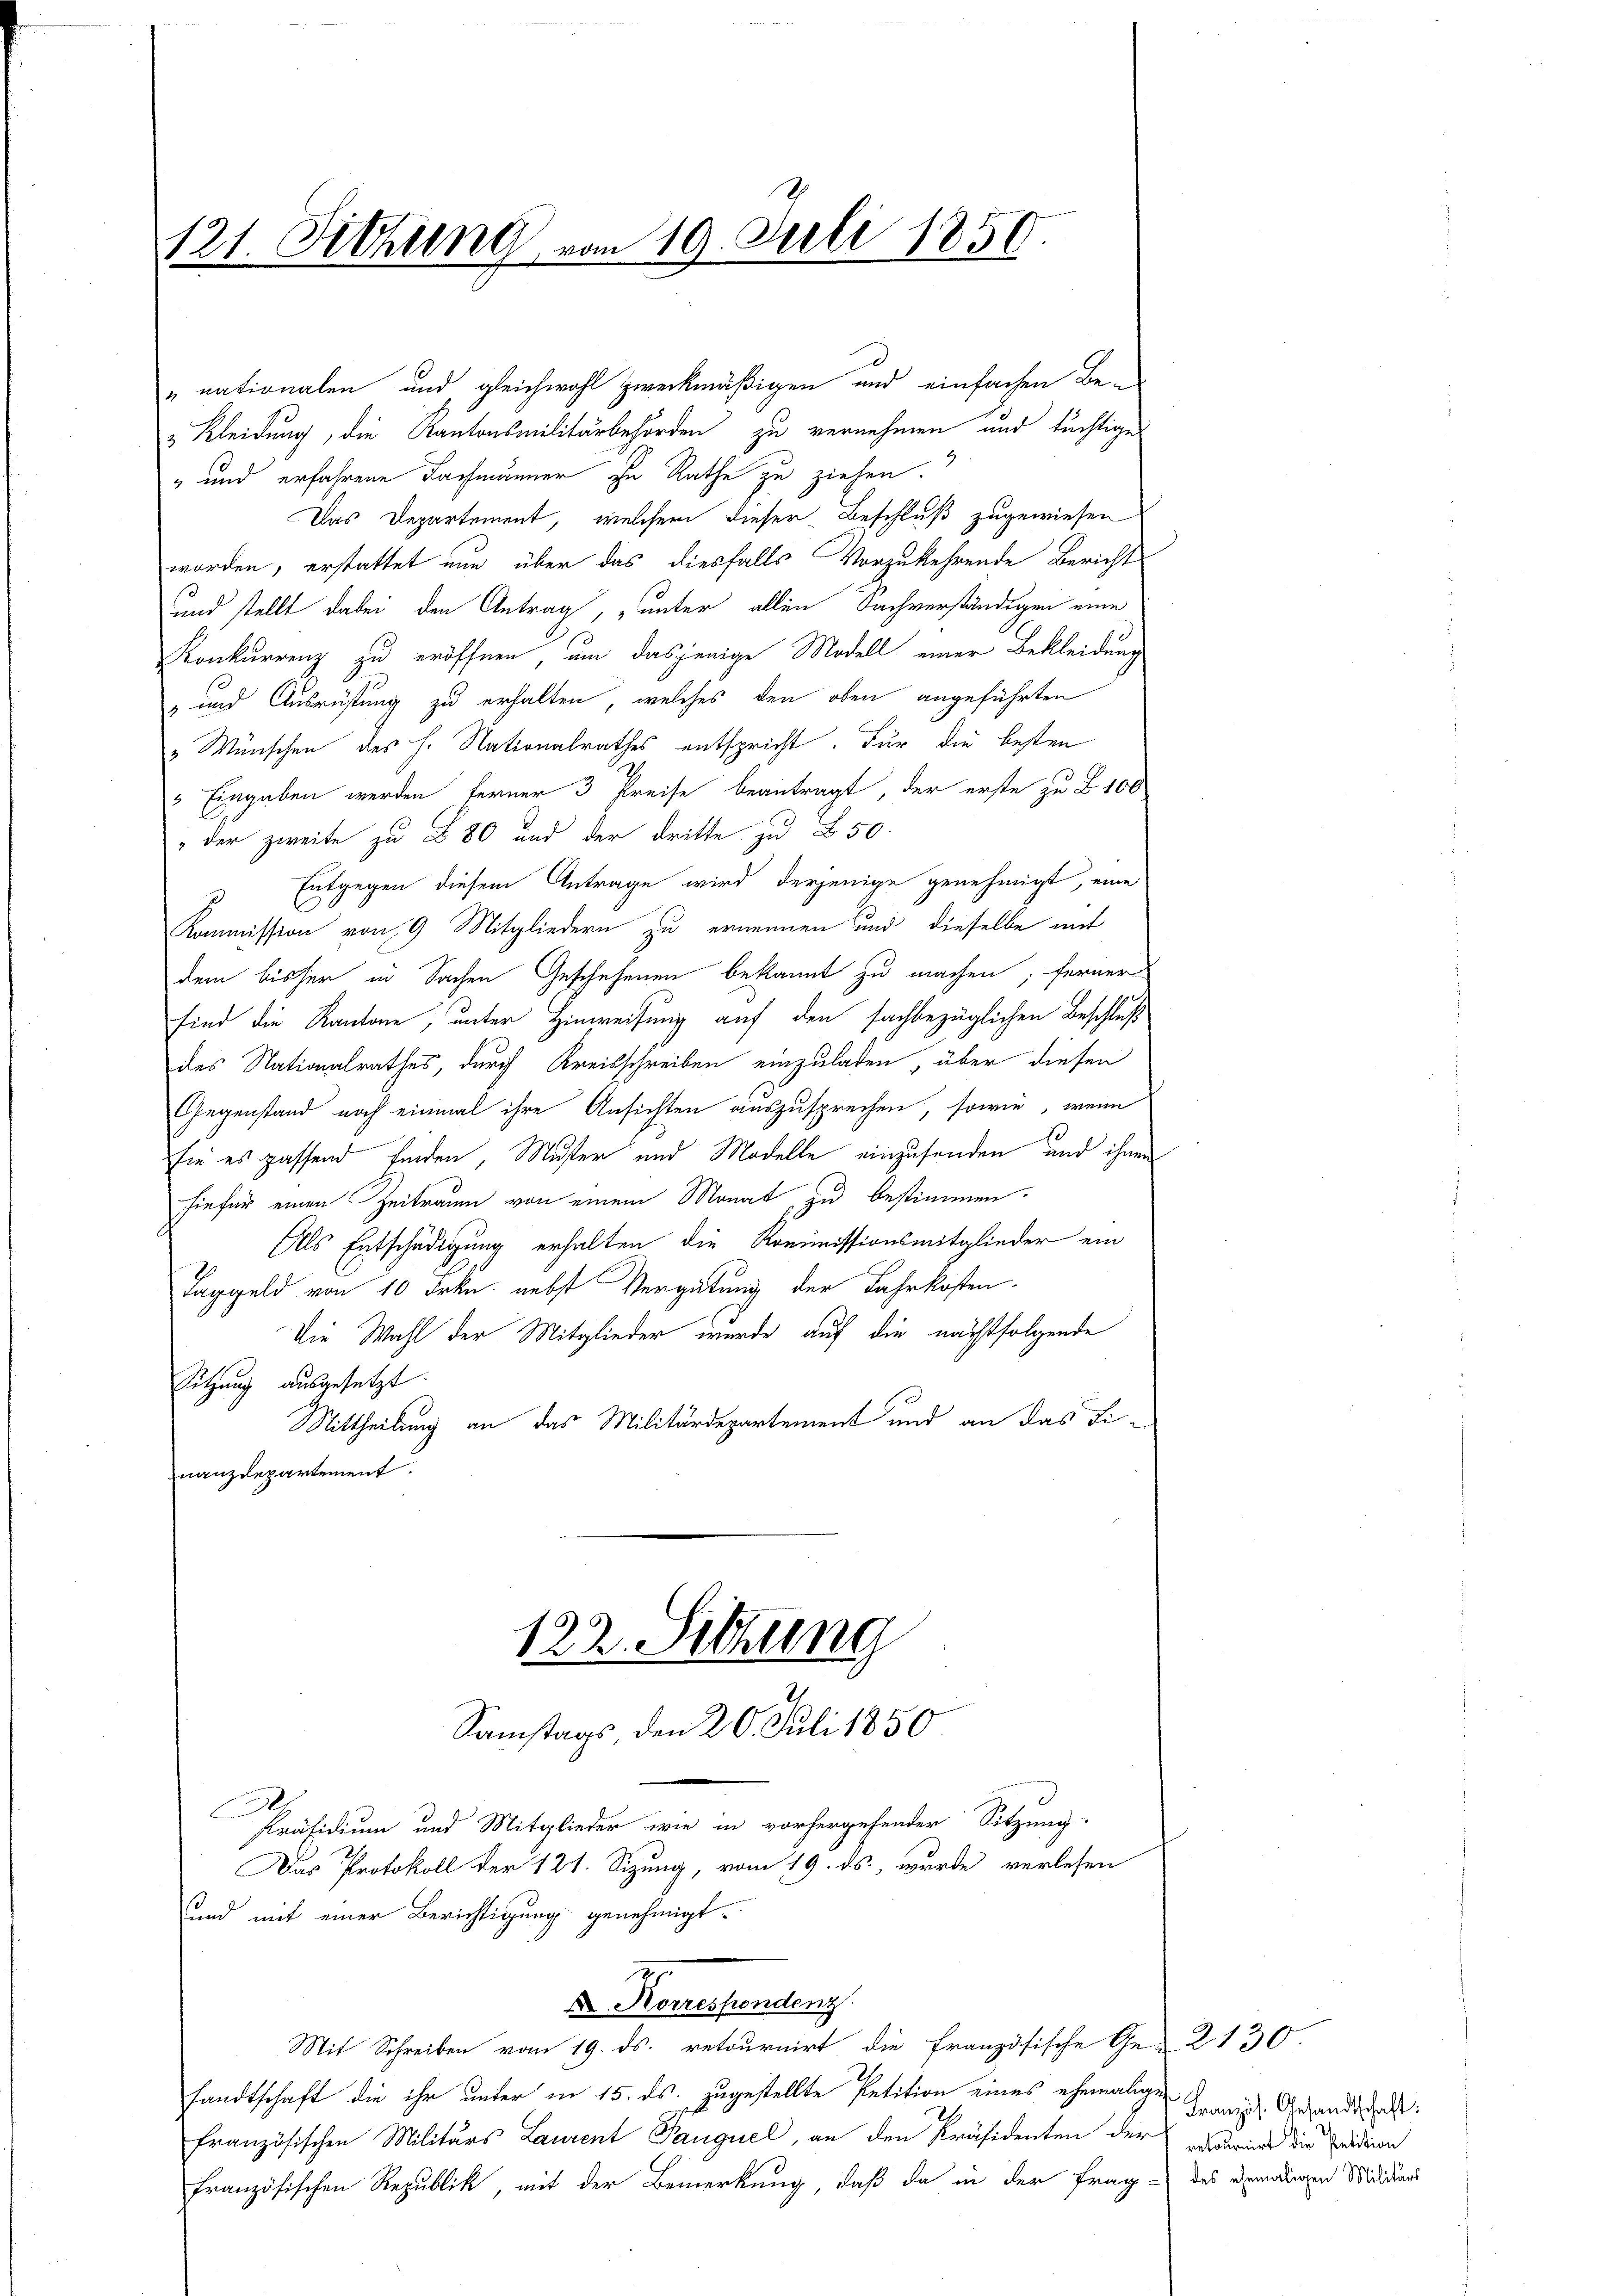
121. Sitzung vom 19. Juli 1850.

„nationalen und gleichwohl zweckmäßigen und einfachen Be¬
u Kleidung, die Kantonsmilitärbehörden zu vernehmen und tüchtige
" und erfahrene Fachmänner zu Rathe zu ziehen.
Das Departement, welchem dieser Beschluß zugewiesen
worden, erstattet nun über das diesfalls Vorzukehrende Bericht
uund stellt dabei den Antrag, unter allen Sachverständigen eine
Konkurrenz zu eröffnen, um dasjenige Modell einer Bekleidung
- und Ausrüstung zu erhalten, welches den oben angeführten
„ Wünschen des h. Nationalrathes entspricht. Für die besten
5 Eingaben werden ferner 3 Preise beantragt, der erste zu B. 100
" der zweite zu 280 und der dritte zu 250.
Entgegen diesem Antrage wird derjenige genehmigt, eine
Kommission von 9 Mitgliedern zu ernennen und dieselbe mit
dem bisher in Sachen Geschehenen bekannt zu machen; ferner
sind die Kantone, unter Hinweisung auf den sachbezüglichen Beschluß
des Nationalrathes, durch Kreisschreiben einzuladen, über diesen
Gegenstand noch einmal ihre Ansichten auszusprechen, sowie, wenn
sie es passend finden, Muster und Modelle einzusenden und ihnen
hiefür einen Zeitraum von einem Monat, zu bestimmen.
Als Entschädigung erhalten die Kommissionsmitglieder ein
Taggeld von 10 Frkn. nebst Vergütung der Fahrkosten
Die Wahl der Mitglieder wurde auf die nächstfolgende
Sitzung ausgesetzt.
Mittheilung an das Militärdepartement und an das Finanzdepartement.

E
Präsidium und Mitglieder wie in vorhergehender Sitzung:
Das Protokoll der 121. Sizung, vom 19. ds., wurde verlesen
und mit einer Berichtigung genehmigt.
X. Korrespondenz
Mit Schreiben vom 19. ds. retournirt die französische Ge-2130
sandtschaft die ihr unter in 15. ds. zugestellte Petition eines ehemalige Franz Gesandtschaft
französischen Militärs Laurent Pauquel, an den Präsidenten der anderende die Fridion
französischen Republik, mit der Bemerkung, daß da in der Frage des vendigen Mididier

122. Sitzung
Samstags, den 20. Juli 1850